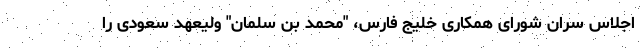
اجلاس سران شورای همکاری خلیج فارس، "محمد بن سلمان" ولیعهد سعودی را